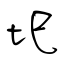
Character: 圯